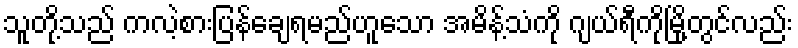
သူတို့သည် ကလဲ့စားပြန်ချေရမည်ဟူသော အမိန့်သံကို ဂျယ်ရီကိုမြို့တွင်လည်း